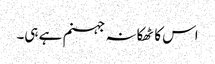
اس کا ٹھکانہ جہنم ہے ہی۔